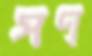
পণ্